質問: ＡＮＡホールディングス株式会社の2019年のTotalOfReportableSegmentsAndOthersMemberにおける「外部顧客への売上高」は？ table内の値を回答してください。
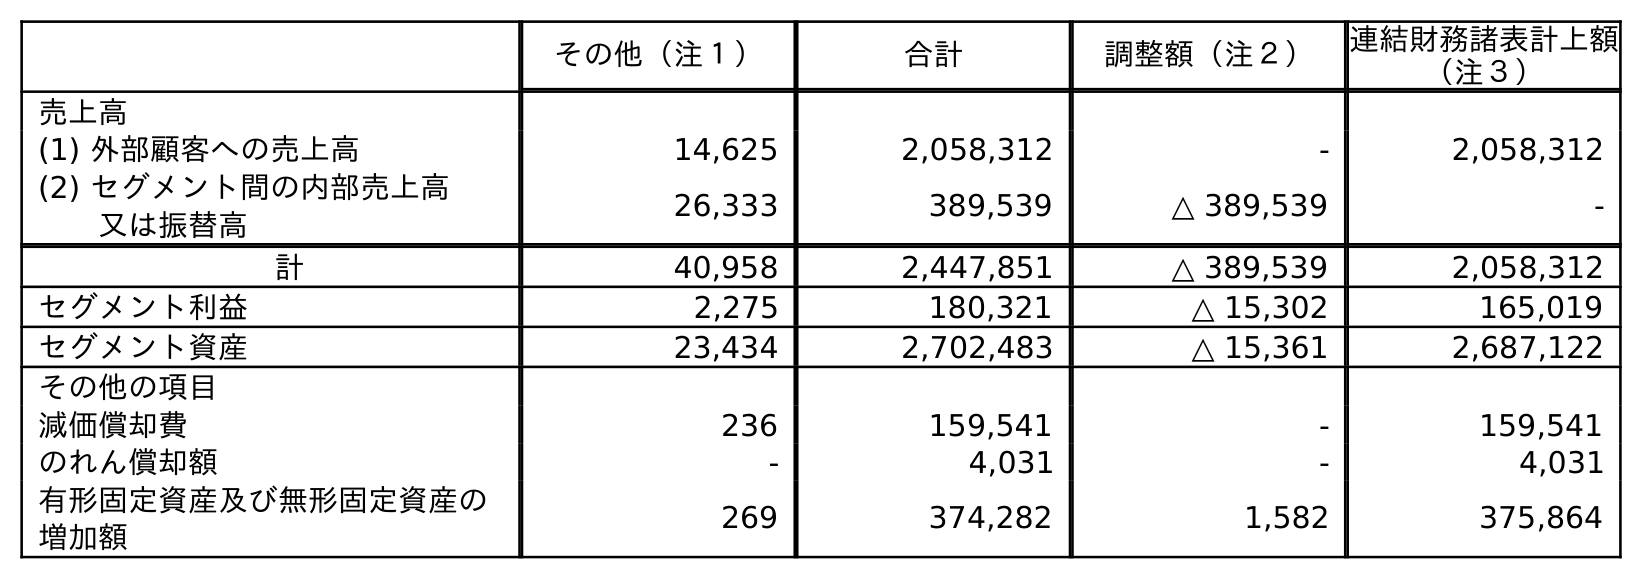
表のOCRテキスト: その他（注１） 合計 調整額（注２） 連結財務諸表計上額 （注３） 売上高 (1) 外部顧客への売上高 14,625 2,058,312 - 2,058,312 (2) セグメント間の内部売上高 又は振替高 26,333 389,539 △ 389,539 - 計 40,958 2,447,851 △ 389,539 2,058,312 セグメント利益 2,275 180,321 △ 15,302 165,019 セグメント資産 23,434 2,702,483 △ 15,361 2,687,122 その他の項目 減価償却費 236 159,541 - 159,541 のれん償却額 - 4,031 - 4,031 有形固定資産及び無形固定資産の 増加額 269 374,282 1,582 375,864
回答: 2,058,312